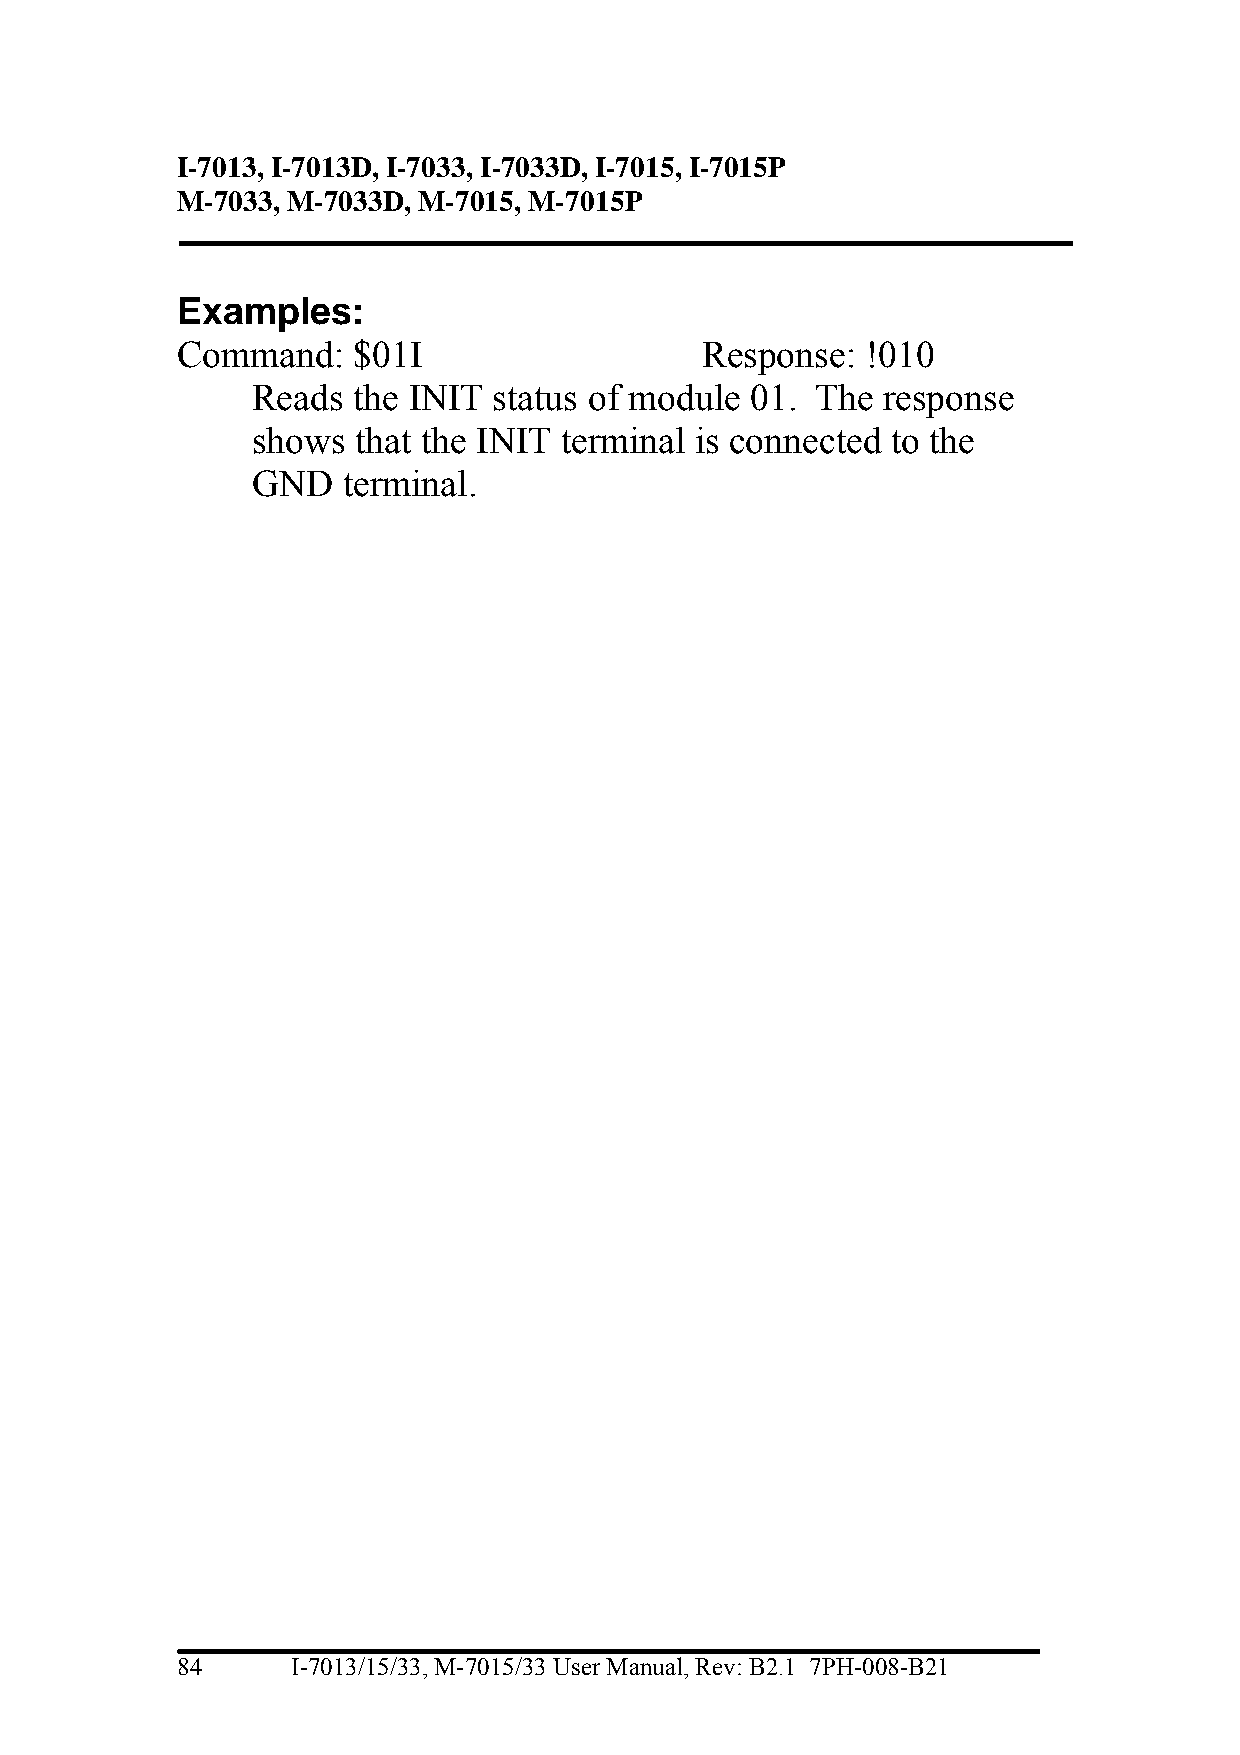
I-7013, I-7013D, I-7033, I-7033D, I-7015, I-7015P
 M-7033, M-7033D, M-7015, M-7015P
 Examples:
 Command:   $01I                   Response:  !010
 Reads the INIT  status of module 01. The response
 shows  that the INIT terminal is connected to the
 GND   terminal.
 84     I-7013/15/33, M-7015/33 User Manual, Rev: B2.1 7PH-008-B21